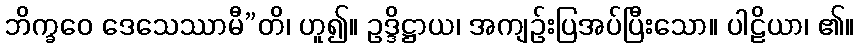
ဘိက္ခဝေ ဒေသေဿာမီ”တိ၊ ဟူ၍။ ဥဒ္ဒိဋ္ဌာယ၊ အကျဉ်းပြအပ်ပြီးသော။ ပါဠိယာ၊ ၏။